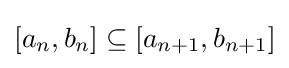
\left[a_{n},b_{n}\right]\subseteq \left[a_{n+1},b_{n+1}\right]